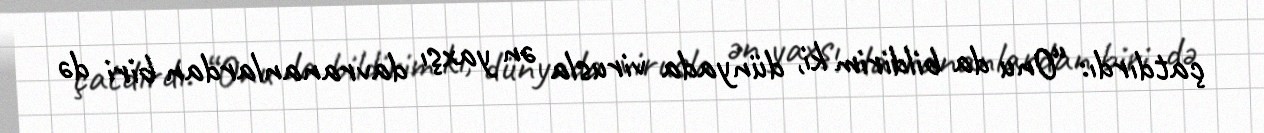
çatdırdı: “Onu da bildirim ki, dünyada virusla ən yaxşı davrananlardan biri də